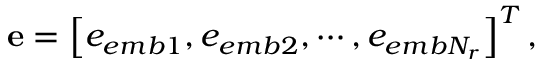
\mathbf { e } = \left[ e _ { e m b 1 } , e _ { e m b 2 } , \cdots , e _ { e m b N _ { r } } \right] ^ { T } ,